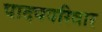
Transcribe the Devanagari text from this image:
पादपपरिवार